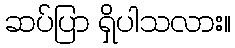
ဆပ်ပြာ ရှိပါသလား။